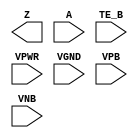
module sky130_fd_sc_lp__busdrivernovlp2 (
    Z   ,
    A   ,
    TE_B,
    VPWR,
    VGND,
    VPB ,
    VNB
);

    output Z   ;
    input  A   ;
    input  TE_B;
    input  VPWR;
    input  VGND;
    input  VPB ;
    input  VNB ;
endmodule